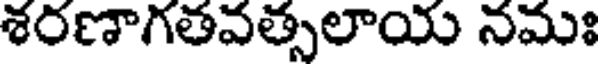
శరణాగతవత్సలాయ నమః